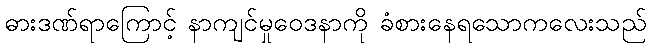
ဓားဒဏ်ရာကြောင့် နာကျင်မှုဝေဒနာကို ခံစားနေရသောကလေးသည်